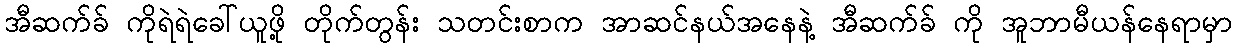
အီဆက်ခ် ကိုရဲရဲခေါ်ယူဖို့ တိုက်တွန်း သတင်းစာက အာဆင်နယ်အနေနဲ့ အီဆက်ခ် ကို အူဘာမီယန်နေရာမှာ